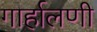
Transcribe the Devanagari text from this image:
गार्हालणी